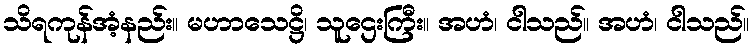
သိရကုန်အံ့နည်း။ မဟာသေဋ္ဌိ၊ သူဌေးကြီး။ အဟံ၊ ငါသည်။ အဟံ၊ ငါသည်။